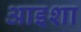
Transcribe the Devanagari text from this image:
आइशा